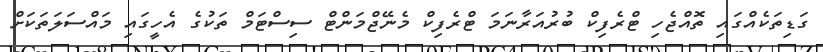
ގަޑިތަކެއްގައި ތޮއްޖެހި ޓްރެފިކް ބުރުއަރާނަމަ ޓްރެފިކް މެނޭޖްމަންޓް ސިސްޓަމް ތަކުގެ އެހީގައި މައްސަލަތަކަށް